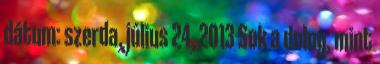
dátum: szerda, július 24, 2013 Sok a dolog, mint